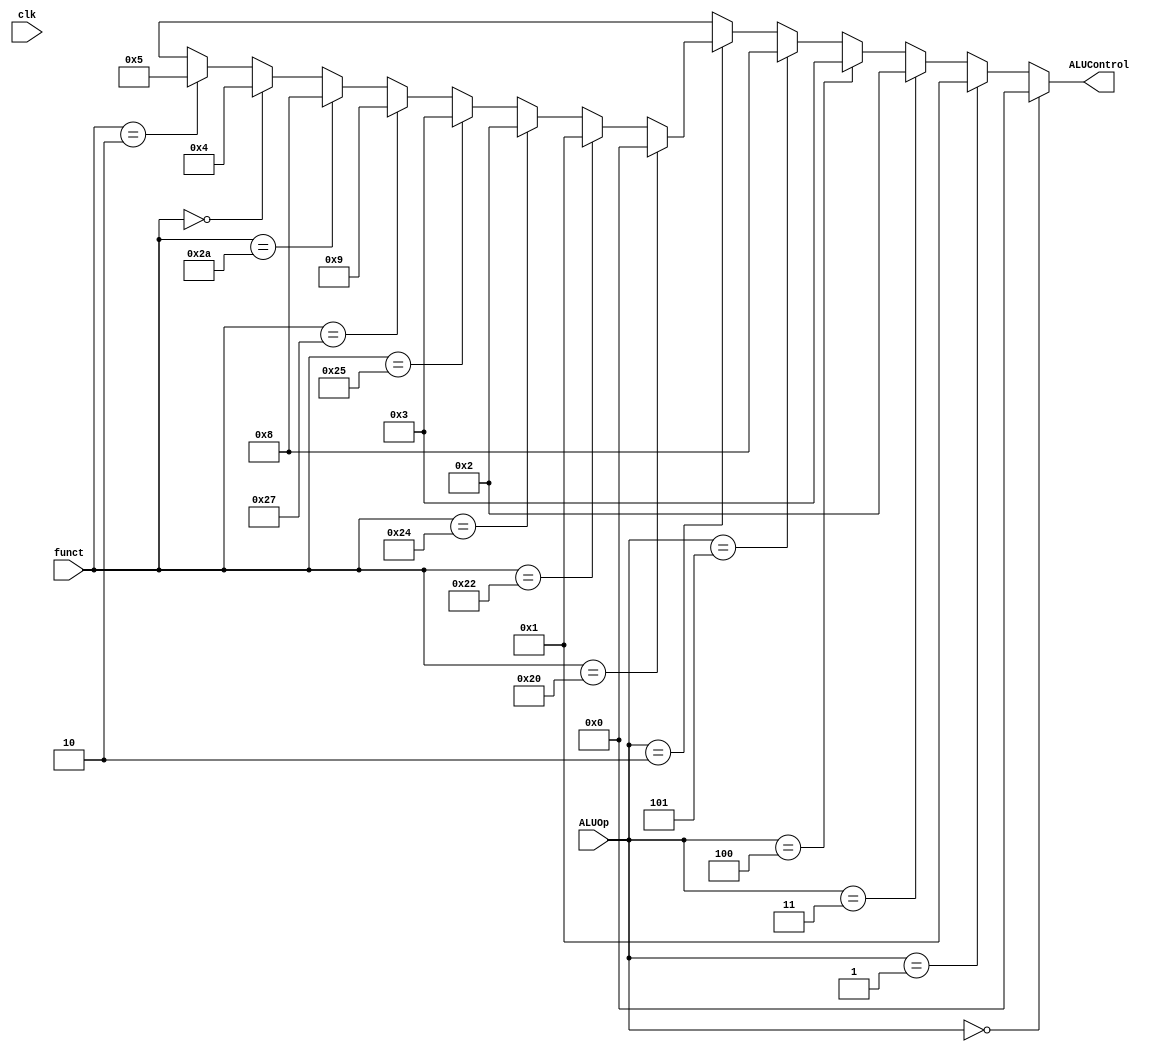
module ALUControl(clk, ALUControl, ALUOp, funct);

input clk;
input [3:0] ALUOp;
input [5:0] funct;
output [3:0] ALUControl;

assign ALUControl = 	(ALUOp == 4'b0000) ? 4'b0000:
			(ALUOp == 4'b0001) ? 4'b0001:
			(ALUOp == 4'b0011) ? 4'b0010:
			(ALUOp == 4'b0100) ? 4'b0011:
			(ALUOp == 4'b0101) ? 4'b1000:
			(ALUOp == 4'b0010) ? 
				((funct == 6'b100000) ? 4'b0000:
				 (funct == 6'b100010) ? 4'b0001:
				 (funct == 6'b100100) ? 4'b0010:
				 (funct == 6'b100101) ? 4'b0011:
				 (funct == 6'b100111) ? 4'b1001:
				 (funct == 6'b101010) ? 4'b1000:
				 (funct == 6'b000000) ? 4'b0100:
				 (funct == 6'b000010) ? 4'b0101 : 4'bxxxx): 4'bxxxx;

endmodule